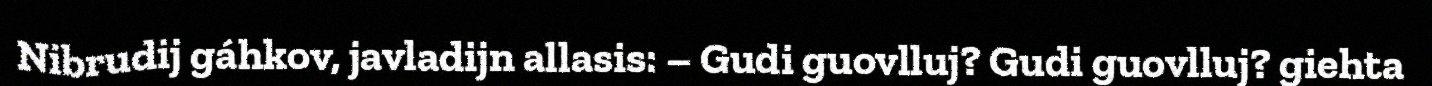
Nibrudij gáhkov, javladijn allasis: – Gudi guovlluj? Gudi guovlluj? giehta